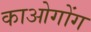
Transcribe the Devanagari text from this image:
काओगोंग